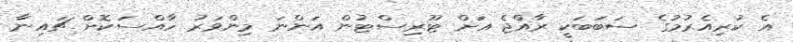
އެ ކުރިއެރުމުގެ ސަބަބަކީ ރާއްޖެ އަށް ޓޫރިސްޓުން އަންނަ މިންވަރު ހާއްސަކޮށް ޗައިނާ